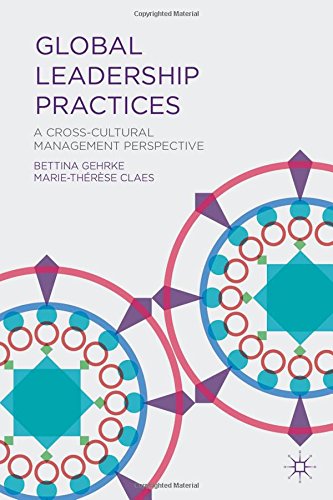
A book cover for Global Leadership Practices: A Cross-Cultural Management Perspective; Business & Money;